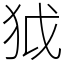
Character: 狘